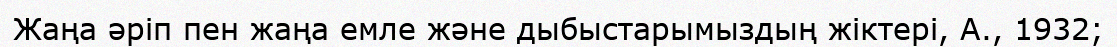
Жаңа әріп пен жаңа емле және дыбыстарымыздың жіктері, А., 1932;